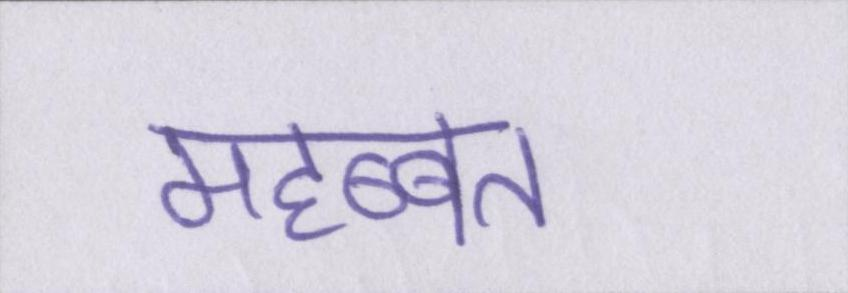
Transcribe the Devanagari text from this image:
महब्बत